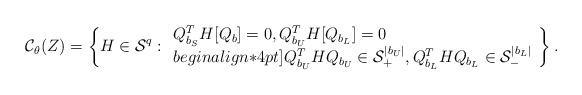
LaTeX: \begin{align*}{\cal C}_{\theta}(Z)=\left\{H \in {\cal S}^q:\begin{array}{l} Q^{T}_{b_S}H[Q_{b}]=0, Q^{T}_{b_U}H[Q_{b_L}]=0\\begin{align*}4pt] Q^{T}_{b_U}HQ_{b_U}\in {\cal S}^{|b_U|}_+, Q^{T}_{b_L}HQ_{b_L}\in {\cal S}^{|b_L|}_- \end{array} \right \}.\end{align*}